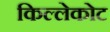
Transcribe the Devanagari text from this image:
किल्लेकोट